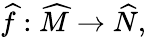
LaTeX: {\widehat{f}}:{\widehat{M}}\to{\widehat{N}},